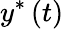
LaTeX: y^{\ast}\left(t\right)